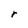
Character: r